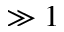
\gg 1